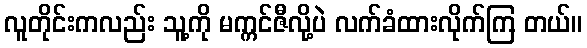
လူတိုင်းကလည်း သူ့ကို မက္ကင်ဇီလို့ပဲ လက်ခံထားလိုက်ကြ တယ်။